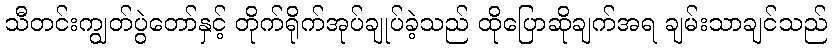
သီတင်းကျွတ်ပွဲတော်နှင့် တိုက်ရိုက်အုပ်ချုပ်ခဲ့သည် ထိုပြောဆိုချက်အရ ချမ်းသာချင်သည်